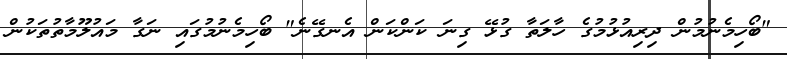
"ބޯހިމެނުމުން ދިރިއުޅުމުގެ ހާލަތާ ގުޅޭ ގިނަ ކަންކަން އެނގޭނެ" ބޯހިމެނުމުގައި ނަގާ މައުލޫމާތުތަކުން